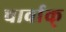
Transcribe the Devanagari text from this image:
चार्वाक्